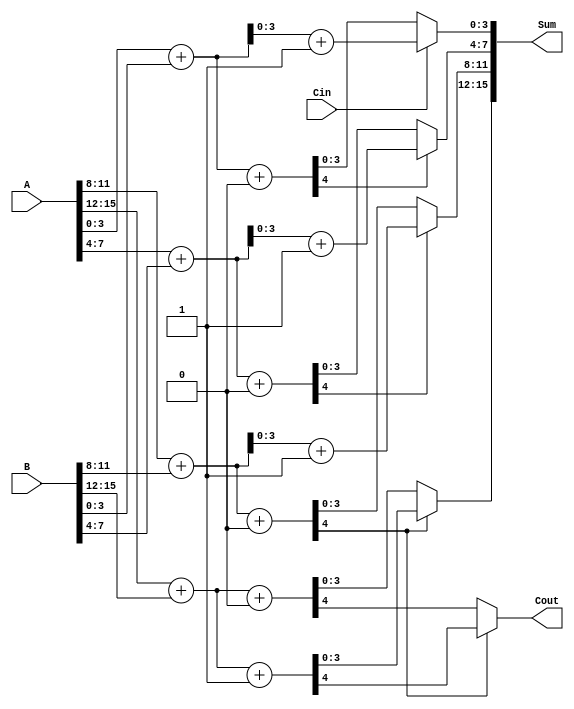
module HybridCarrySelectAdder #(
    parameter N = 16, // Total bit width of A and B
    parameter M = 4   // Block size
)(
    input  [N-1:0] A,   // First input
    input  [N-1:0] B,   // Second input
    input  Cin,         // Carry-in
    output [N-1:0] Sum, // Sum output
    output Cout         // Carry-out
);

    localparam NUM_BLOCKS = N / M; // Number of blocks

    wire [M-1:0] S0 [0:NUM_BLOCKS-1]; // Sum outputs for carry-in 0
    wire [M-1:0] S1 [0:NUM_BLOCKS-1]; // Sum outputs for carry-in 1
    wire C0 [0:NUM_BLOCKS-1];         // Carry outputs for carry-in 0
    wire C1 [0:NUM_BLOCKS-1];         // Carry outputs for carry-in 1
    wire C_next [0:NUM_BLOCKS-1];     // Carry for the next block
    wire [M-1:0] S_final [0:NUM_BLOCKS-1]; // Final selected sum outputs

    // Generate the blocks
    genvar i;
    generate
        for (i = 0; i < NUM_BLOCKS; i = i + 1) begin : block
            wire [M-1:0] A_block = A[M*i +: M];
            wire [M-1:0] B_block = B[M*i +: M];

            // Compute sums and carries for both scenarios
            assign {C0[i], S0[i]} = A_block + B_block + 1'b0; // Carry-in 0
            assign {C1[i], S1[i]} = A_block + B_block + 1'b1; // Carry-in 1

            // Select the final sum based on the carry from the previous block
            if (i == 0) begin
                assign C_next[i] = Cin; // First block uses the external carry-in
            end else begin
                assign C_next[i] = C0[i-1]; // Use carry output from the previous block
            end

            assign S_final[i] = C_next[i] ? S1[i] : S0[i]; // Select sum based on carry
        end
    endgenerate

    // Concatenate final sum outputs
    generate
        for (i = 0; i < NUM_BLOCKS; i = i + 1) begin : concat
            assign Sum[M*i +: M] = S_final[i];
        end
    endgenerate

    // Final carry-out is the carry from the last block
    assign Cout = C_next[NUM_BLOCKS-1] ? C1[NUM_BLOCKS-1] : C0[NUM_BLOCKS-1];

endmodule